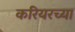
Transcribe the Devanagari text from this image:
करियरच्या